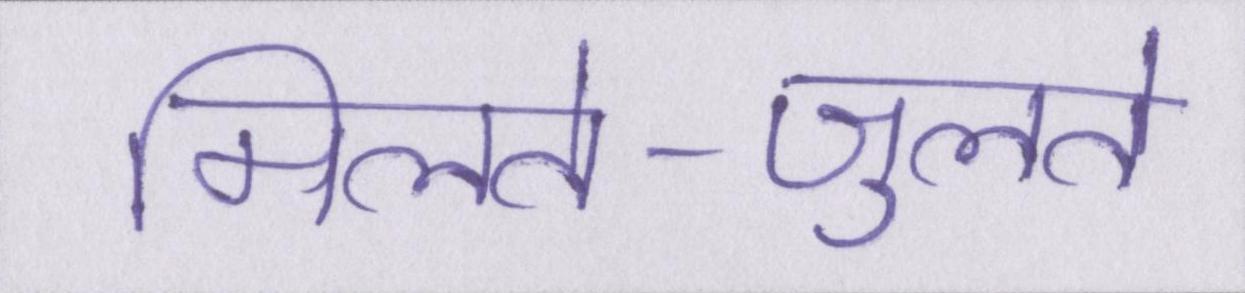
मिलते-जुलते